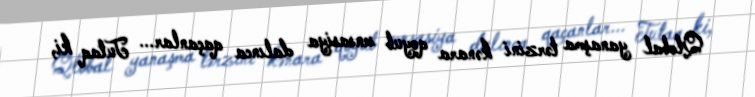
Qlobal yanaşma tərzini kənara qoyub sensasiya dalınca qaçanlar... Tutaq ki,